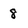
Character: 8